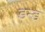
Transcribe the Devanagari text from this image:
डन्ड